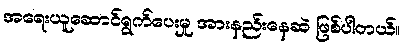
အရေးယူဆောင်ရွက်ပေးမှု အားနည်းနေဆဲ ဖြစ်ပါတယ်။